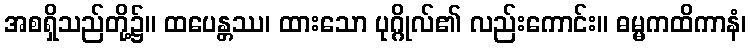
အစရှိသည်တို့၌။ ထပေန္တဿ၊ ထားသော ပုဂ္ဂိုလ်၏ လည်းကောင်း။ ဓမ္မကထိကာနံ၊